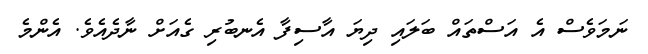
ނަމަވެސް އެ އަސްތައް ބަލައި ދިޔަ އާސިފާ އެނބުރި ގެއަށް ނާދެއެވެ. އެންމެ